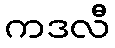
ကဒလီ